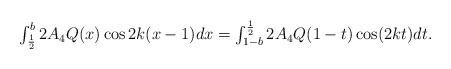
LaTeX: \begin{align*}\begin{array}{l}\int_{\frac{1}{2}}^b2A_4Q(x)\cos2k(x-1)dx=\int_{1-b}^{\frac{1}{2}}2A_4Q(1-t)\cos(2kt)dt.\end{array}\end{align*}